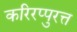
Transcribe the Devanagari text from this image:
करिरप्पुरत्त